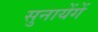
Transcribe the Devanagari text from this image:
सुनायेंगें